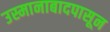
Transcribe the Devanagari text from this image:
उस्मानाबादपासून